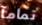
تمامآ